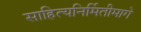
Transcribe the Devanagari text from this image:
साहित्यनिर्मितीमागे